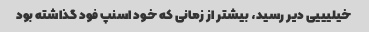
خیلیییی دیر رسید، بیشتر از زمانی که خود اسنپ فود گذاشته بود